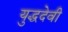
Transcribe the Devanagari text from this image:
युद्धदेवी